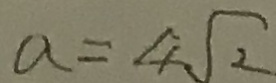
a = 4 \sqrt { 2 }